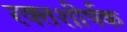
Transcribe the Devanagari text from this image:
रक्तशीर्षक